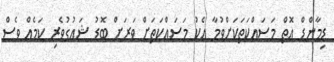
ޑިމާންޑް އޮތް މަސައްކަތަކަށްވުމާ އެކު މަސައްކަތަށް ވަރަށް ބޮޑު ޝައުގުވެރި ކަމެއް ވެސް